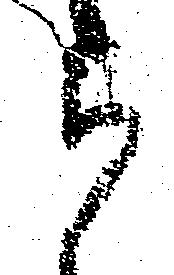
被